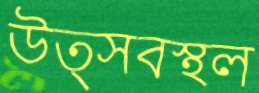
উত্সবস্থল